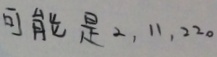
可 能 是 2 , 1 1 , 2 2 0